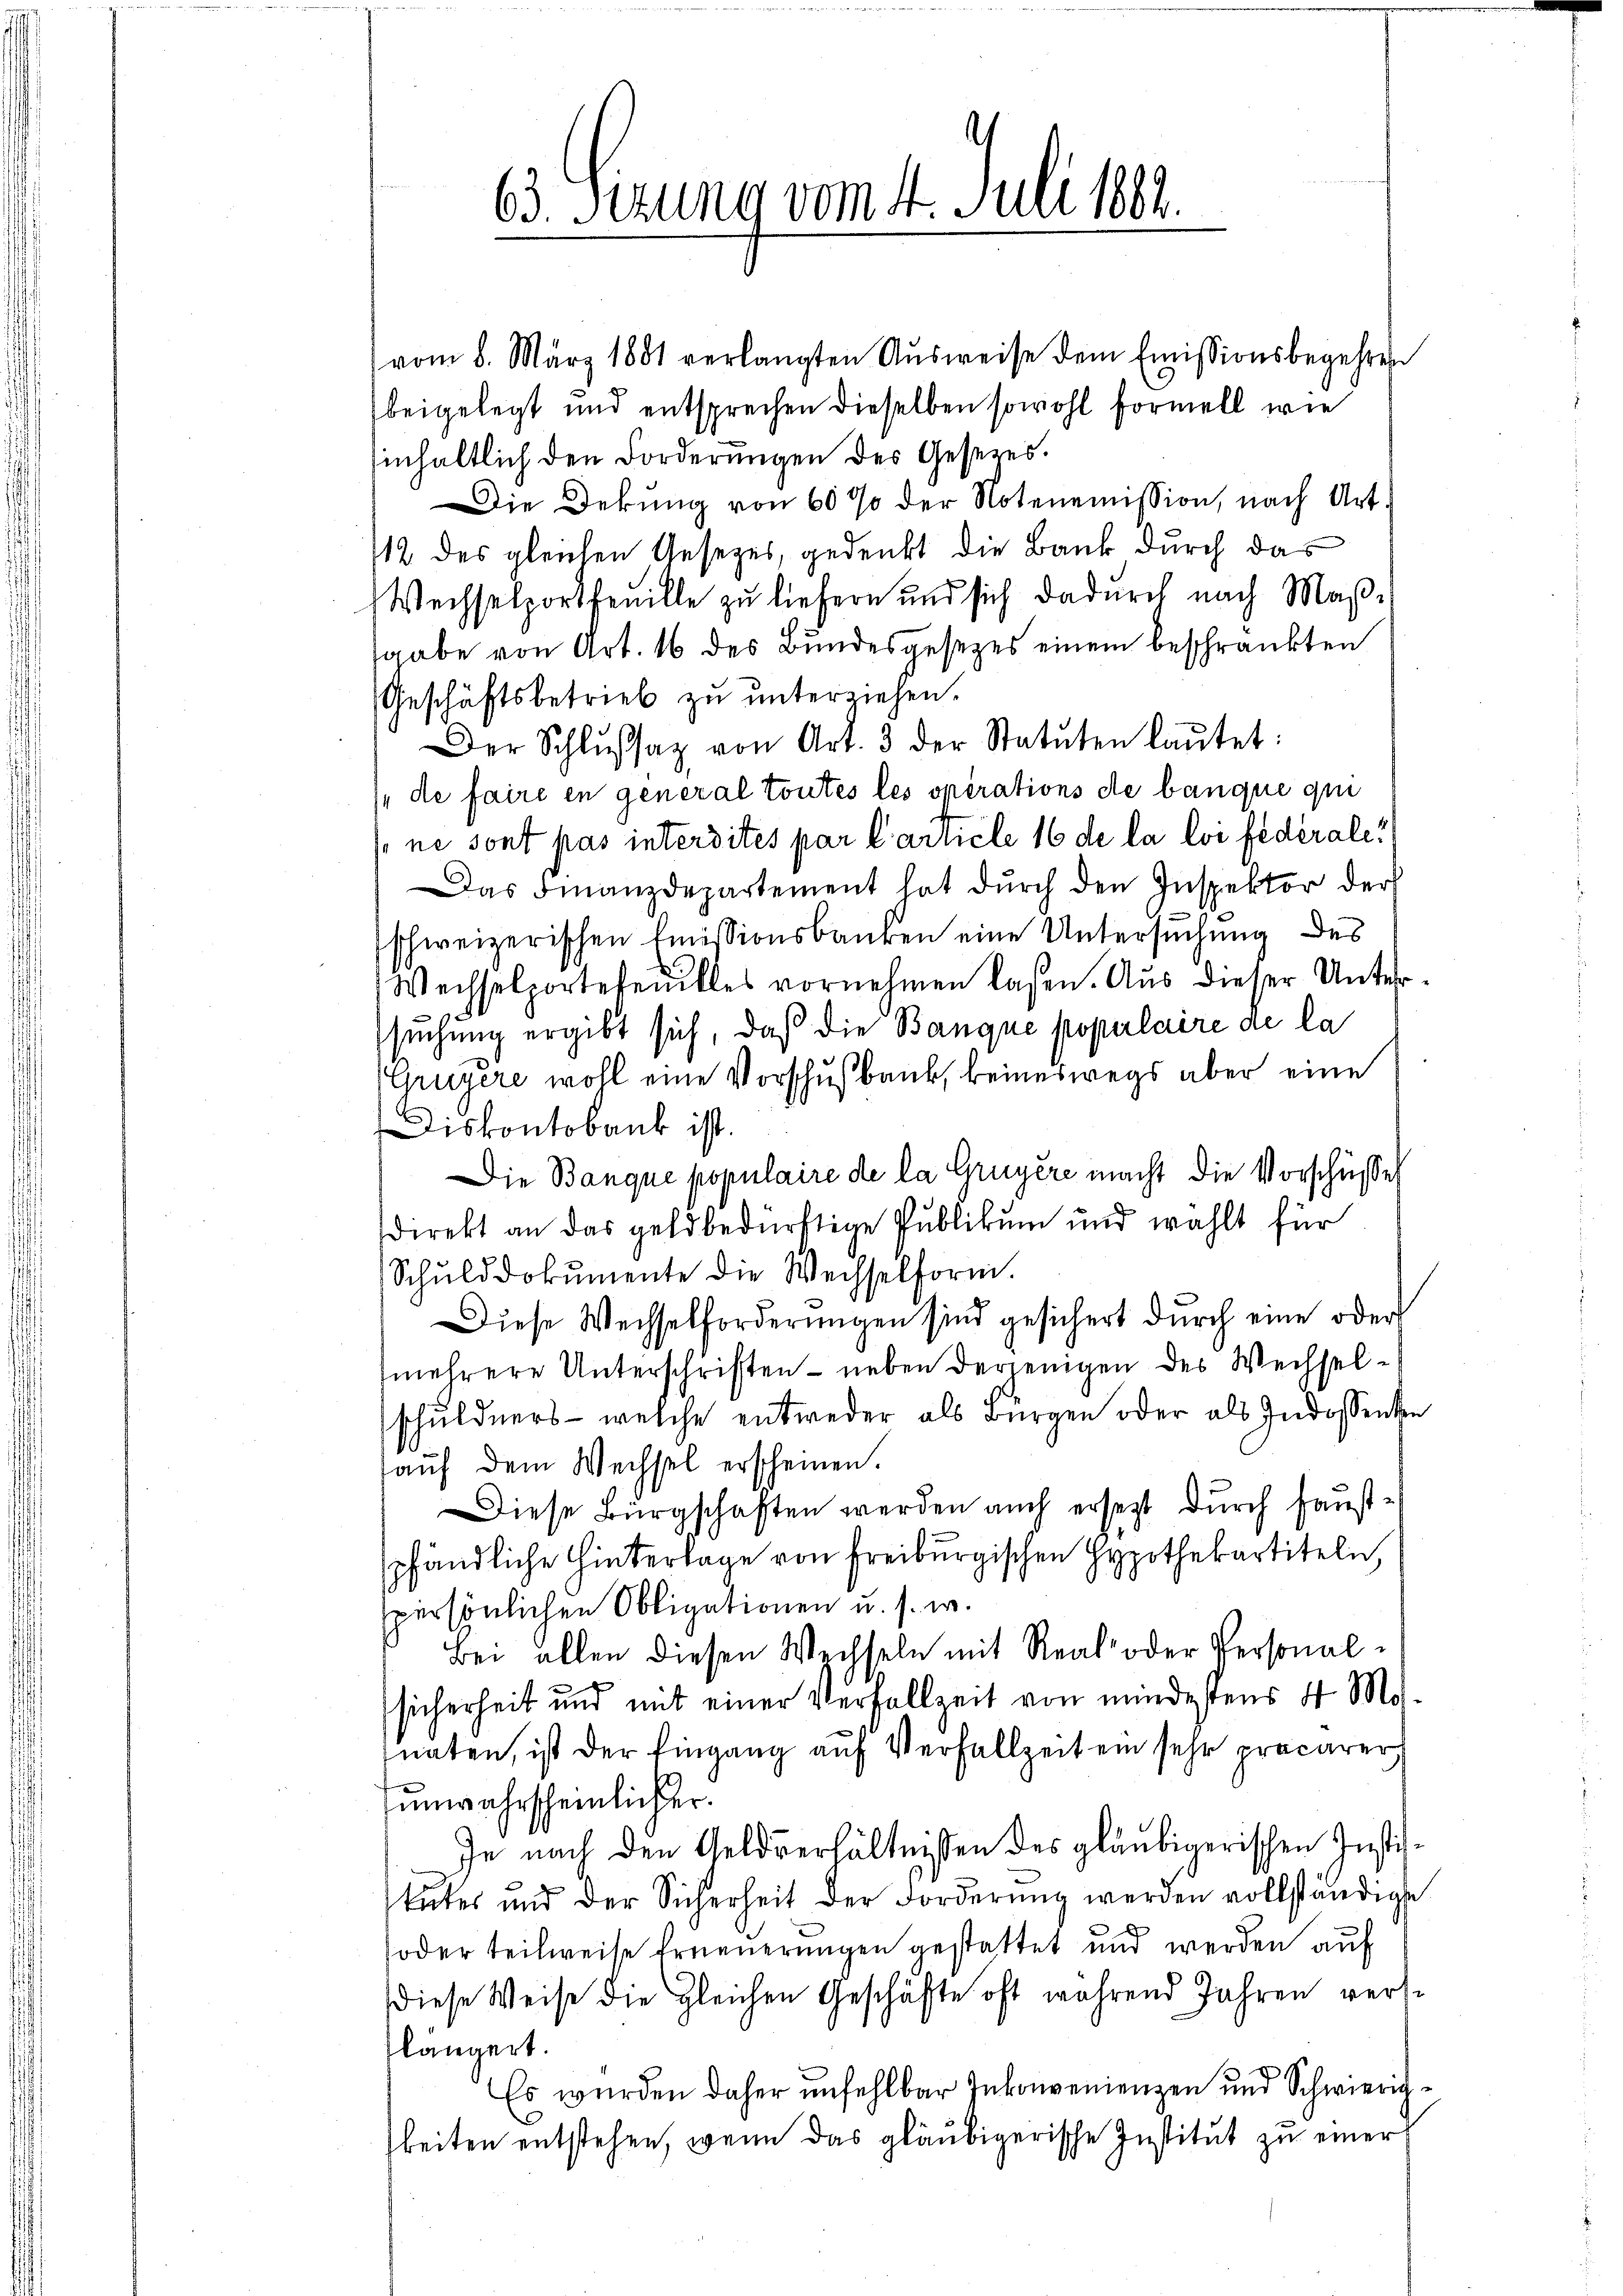
vom 8. März 1881 verlangten Aŭsweise dem Emissionsbegehren
beigelegt und entsprechen dieselben sowohl formell wie
inhaltlich den Forderungen des Gesetzes.
Die Dekung von 60 % der Notenemission, nach Art.
112 des gleichen Gesezes, gedenkt die Bank durch das
Wechselportfeuille zu liefern und sich dadurch nach Maße
sgabe von Art. 16 des Bundesgesetzes einem beschränkten
Geschäftsbetrieb zu unterziehen.
Der Schlŭssaz von Art. 3 der Statuten laŭtet:
 de faire en general toutes les opérations de banque qui
ne sont pas interdites par l’article 16 de la loi fédérale¬
Das Finanzdepartement hat dŭrch den Inspektor der

63. Sezung vom 4. Juli 189.

schweizerischen Emissionsbanken eine Untersuchung des
Wechselportefeuilles vornehmen laßen. Aus dieser Untersuchung ergibt sich, daß die Banque populaire de la
Gruyère wohl eine Vorschußbank, keineswegs aber eine
Diskontobank ist.
Die Banque populaire de la Gruyère macht die Vorschüsse
direkt an das geldbedürftige Publikum und wählt für
Schŭlddokumente die Wechselform.
Diese Wechselforderŭngen sind gesichert dŭrch eine oder
mehrere Unterschriften - neben derjenigen des Wechselschuldners - welche entweder als Bürgen oder als Indossenken
aŭf dem Wechsel erscheinen.
Diese Bürgschaften werden auch ersetzt durch Hauspfändliche Hinterlage von Freiburgischen Hypothekartiteln,
spersönlichen Obligationen u. s. w.
Bei allen diesen Wechseln mit Real- oder Personalsicherheit und mit einer Verfallzeit von mindestens 4 Mo
naten, ist der Eingang auf Verfallzeit ein sehr präcarer
unwahrscheinlicher.
Je nach den Geldverhältnissen des gläubigerischen Instiftŭter und der Sicherheit der Forderŭng werden vollständigte
soder teilweise Erneuerungen gestattet und werden auf
diese Weise die gleichen Geschäfte oft während Jahren versflängert.
Es wurden daher unfehlbar Inkonvenienzen und Schwierigbeiten entstehen, wenn das gläubigerische Institut zu einer